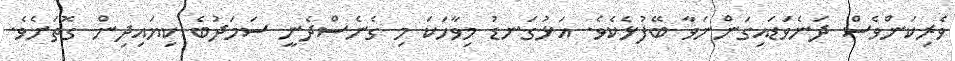
ވެރިކަންވެސް ދަނެވަޑައިގަންނަވާ ބޭފުޅެކެވެ. އަޅުގަނޑު މިވާހަކަ މި ގެނެސްދެނީ ސަމަދުބެ ކިޔައިދިން ގޮތަށެވެ.